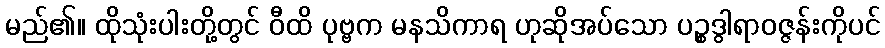
မည်၏။ ထိုသုံးပါးတို့တွင် ဝီထိ ပုဗ္ဗက မနသိကာရ ဟုဆိုအပ်သော ပဉ္စဒွါရာဝဇ္ဇန်းကိုပင်